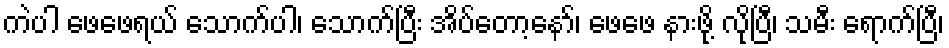
ကဲပါ ဖေဖေရယ် သောက်ပါ၊ သောက်ပြီး အိပ်တော့နော်၊ ဖေဖေ နားဖို့ လိုပြီ၊ သမီး ရောက်ပြီ၊